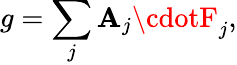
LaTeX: g=\sum_{j}\mathbf{A}_{j}\cdotF_{j},